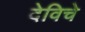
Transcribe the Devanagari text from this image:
देविचे